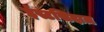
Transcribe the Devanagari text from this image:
ईस्टसिदाज़